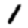
Digit: 1